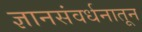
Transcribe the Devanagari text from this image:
ज्ञानसंवर्धनातून